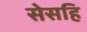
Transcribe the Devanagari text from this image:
सेसहि